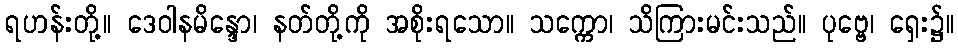
ရဟန်းတို့။ ဒေဝါနမိန္ဒော၊ နတ်တို့ကို အစိုးရသော။ သက္ကော၊ သိကြားမင်းသည်။ ပုဗ္ဗေ၊ ရှေး၌။